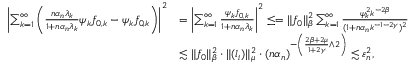
\begin{array} { r l } { \left| \sum _ { k = 1 } ^ { \infty } \left( \frac { n { \alpha _ { n } } \lambda _ { k } } { 1 + n { \alpha _ { n } } \lambda _ { k } } \psi _ { k } f _ { 0 , k } - \psi _ { k } f _ { 0 , k } \right) \right| ^ { 2 } } & { = \left| \sum _ { k = 1 } ^ { \infty } \frac { \psi _ { k } f _ { 0 , k } } { 1 + n { \alpha _ { n } } \lambda _ { k } } \right| ^ { 2 } \leq = \| f _ { 0 } \| _ { \beta } ^ { 2 } \sum _ { k = 1 } ^ { \infty } \frac { \psi _ { k } ^ { 2 } k ^ { - 2 \beta } } { ( 1 + n \alpha _ { n } k ^ { - 1 - 2 \gamma } ) ^ { 2 } } } \\ & { \lesssim \| f _ { 0 } \| _ { \beta } ^ { 2 } \cdot \| ( l _ { i } ) \| _ { \mu } ^ { 2 } \cdot ( n \alpha _ { n } ) ^ { - \left( \frac { 2 \beta + 2 \mu } { 1 + 2 \gamma } \wedge 2 \right) } \lesssim \varepsilon _ { n } ^ { 2 } , } \end{array}